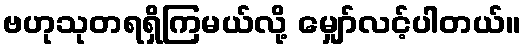
ဗဟုသုတရရှိကြမယ်လို့ မျှော်လင့်ပါတယ်။